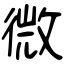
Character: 微